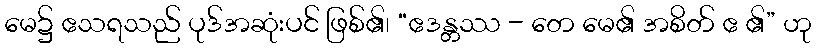
မေ၌ ဧသရသည် ပုဒ်အဆုံးပင် ဖြစ်၏၊ “ဧဒန္တဿ - တေ မေ၏ အစိတ် ဧ ၏” ဟု